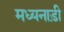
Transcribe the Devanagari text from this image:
मध्यनाड़ी